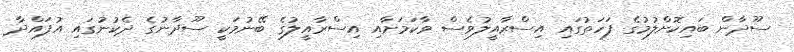
ސޫދާން ބައިކޮށްލުމުގެ ފަހަތުގައި އިސްރާއީލުވެސް ވާކަމަށާއި އިސްރާއީލުގެ ބޭނުމަކީ ސޫދާނުގެ ދެކުނުގައި އުފައްދާ